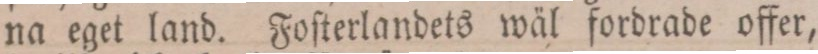
na eget land. Foſterlandets wäl fordrade offer,